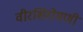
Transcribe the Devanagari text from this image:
वीरशिरोमणी